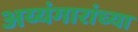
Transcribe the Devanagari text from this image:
अय्यंगारांच्या